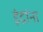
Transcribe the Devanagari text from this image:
इंद्रांना